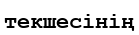
текшесінің